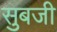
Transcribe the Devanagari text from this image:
सुबजी